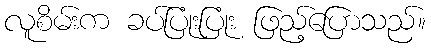
လူစိမ်းက ခပ်ပြုံးပြုံး ဖြည့်ပြောသည်။